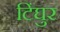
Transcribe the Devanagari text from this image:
टिंघुर